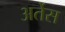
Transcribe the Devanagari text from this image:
अर्तेस